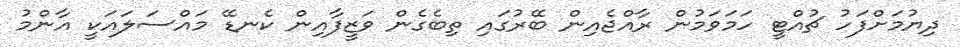
ދިޔުމަށްފަހު ޗުއްޓީ ހަމަވަމުން ރާއްޖެއިން ބޭރުގައި ތިބެގެން ވަޒީފާއިން ކެނޑޭ މައްސަލައަކީ އާންމު